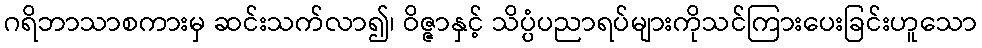
ဂရိဘာသာစကားမှ ဆင်းသက်လာ၍၊ ဝိဇ္ဇာနှင့် သိပ္ပံပညာရပ်များကိုသင်ကြားပေးခြင်းဟူသော